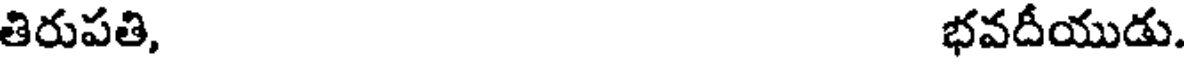
తిరుపతి, భవదీయుడు.